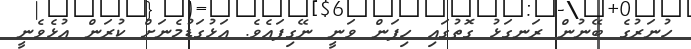
ހުނަރުގެ ބޭނުން ރަނގަޅު ގޮތުގައި ހިފަން ވަނީ ނޭގިފައެވެ. އަޅުގަޑުމެނަށް ކުރަން އުޅެވެނީ